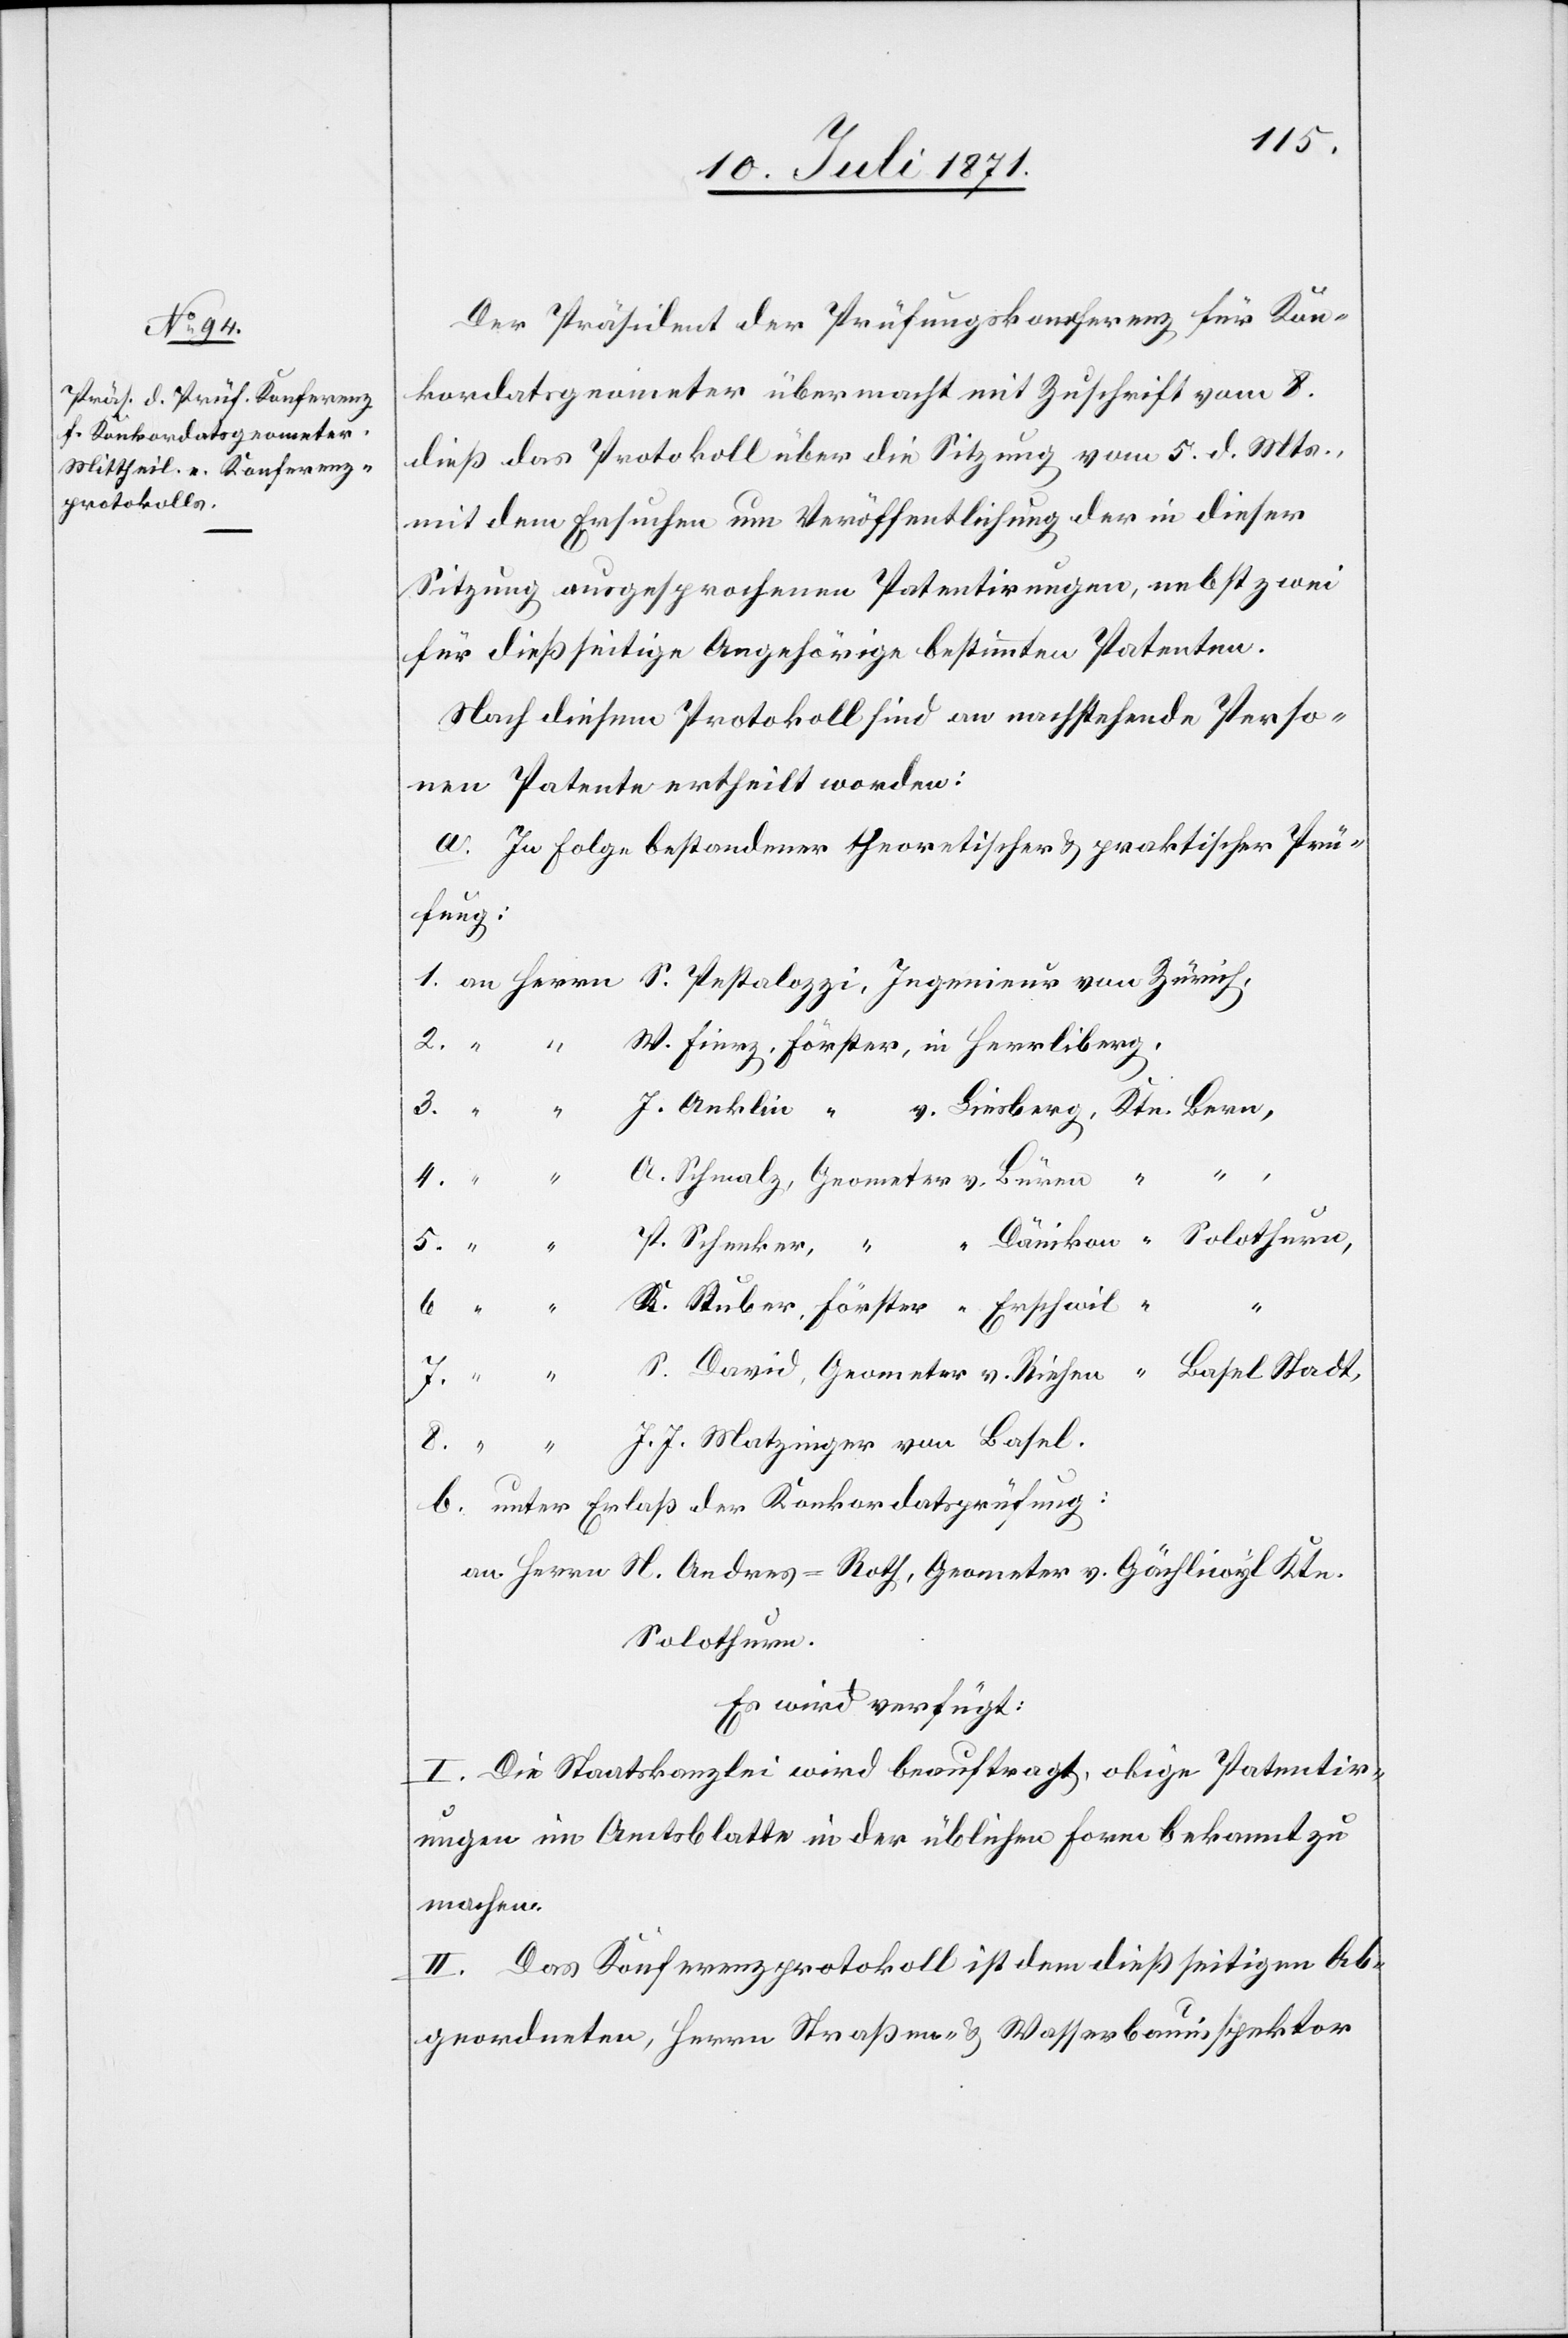
12. Juli 1871.]
Der Präsident der Prüfungskonferenz für Kon¬
kordatsgeometer übermacht mit Zuschrift vom 8.
dieß das Protokoll über die Sitzung vom 5. d. Mts.,
mit dem Ersuchen um Veröffentlichung der in dieser
Sitzung ausgesprochenen Patentirungen, nebst zwei
für dießseitige angehörige bestimmten Patenten.
Nach diesem Protokoll sind an nachstehende Perso¬
nen Patente ertheilt worden:
a. In Folge bestandener theoretischer u. praktischer Prü¬
fung:
1.
W. Fierz, Förster, in Herrliberg,
von Basel.
J. Anklin “ v. Liesberg, Ktn. Bern,
A. Schmalz, Geometer v. Büren “ “
J.
P. Schenker, “ “ Dänikon “ Solothurn,
K. Stuber, Förster “ Erschwil “
S. David, Geometer v. Riehen “ Basel Stadt,
b. unter Erlaß der Konkordatsprüfung:
an Herrn H. Andreas-Roth, Geometer v. Gächliwyl Ktn.
Solothurn.
Es wird verfügt:
I. Die Staatskanzlei wird beauftragt, obige Patentir¬
ung im Amtsblatte in der üblichen Form bekannt zu
machen.
II. Das Konferenzprotokoll ist dem dießseitigen Ab¬
geordneten, Herrn Straßen- u. Wasserbauinspektor